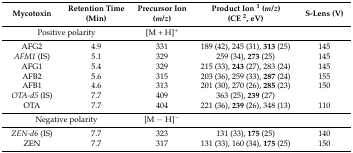
| Mycotoxin | Retention Time (Min) | Precursor Ion (m/z) | Product Ion 1 (m/z)(CE 2, eV) | S-Lens (V) |
 | --- | --- | --- | --- | --- |
 | <COLSPAN=2> Positive polarity | [M + H]+ |  |  |
 | AFG2 | 4.9 | 331 | 189 (42), 245 (31), 313 (25) | 145 |
 | AFM1 (IS) | 5.1 | 329 | 259 (34), 273 (25) | 145 |
 | AFG1 | 5.4 | 329 | 215 (33), 243 (27), 283 (24) | 145 |
 | AFB2 | 5.6 | 315 | 203 (36), 259 (33), 287 (24) | 155 |
 | AFB1 | 4.6 | 313 | 201 (30), 270 (26), 285 (23) | 150 |
 | OTA-d5 (IS) | 7.7 | 409 | 363 (25), 239 (27) |  |
 | OTA | 7.7 | 404 | 221 (36), 239 (26), 348 (13) | 110 |
 | <COLSPAN=2> Negative polarity | [M − H]− |  |  |
 | ZEN-d6 (IS) | 7.7 | 323 | 131 (33), 175 (25) | 140 |
 | ZEN | 7.7 | 317 | 131 (33), 160 (34), 175 (25) | 150 |